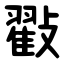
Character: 㪬